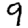
Digit: 9